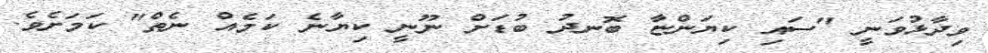
ވިދާޅުވަނީ "ސައި ކިޔަންޏާ ބޮނދު ބުޑަށް ނޫނީ ކިޔާނެ ކަމެއް ނެތް" ކަމަށެވެ.